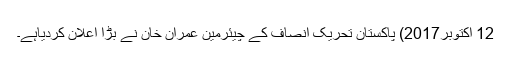
12 اکتوبر2017) پاکستان تحریک انصاف کے چیئرمین عمران خان نے بڑا اعلان کردیاہے۔